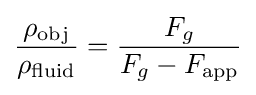
{\frac {\rho _{\text{obj}}}{\rho _{\text{fluid}}}}={\frac {F_{g}}{F_{g}-F_{\text{app}}}}